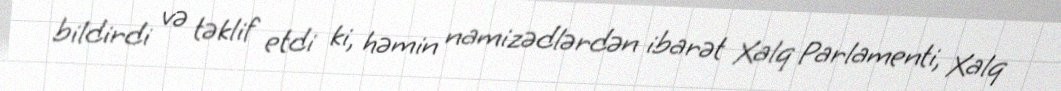
bildirdi və təklif etdi ki, həmin namizədlərdən ibarət Xalq Parlamenti, Xalq